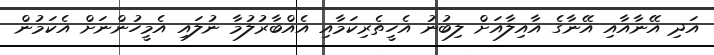
އަދި އޭނާއާއި އޭނާގެ އާއިލާއަށް ލިބުނު އެހީތެރިކަމާއި އެއްބާރުލުމާ ނުލައި އެމީހުންނަށް އެކަމުން